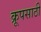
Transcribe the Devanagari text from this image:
क्रूपसाठी